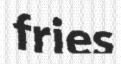
fries